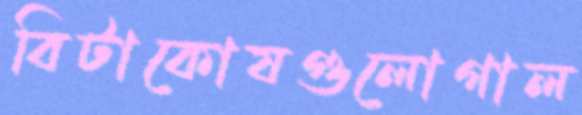
বিটাকোষগুলোগাল